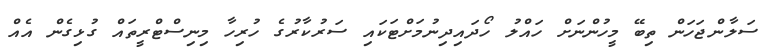
ސަލާންޖަހަން ތިބޭ މީހުންނަށް ހައްލު ހޯދައިދިނުމަށްޓަކައި ސަރުކާރުގެ ހުރިހާ މިނިސްޓްރީތައް ގުޅިގެން އެއް